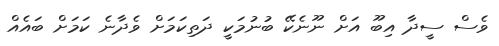
ވެސް ސީދާ އިބޫ އަށް ނޫނެކޭ ބުނުމަކީ ދަތިކަމަށް ވެދާނެ ކަމަށް ބައެއް